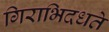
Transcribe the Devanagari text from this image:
गिराभिदधते